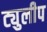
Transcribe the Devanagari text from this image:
ट्युलीप